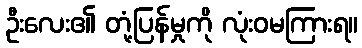
ဦးလေး၏ တုံ့ပြန်မှုကို လုံးဝမကြားရ။